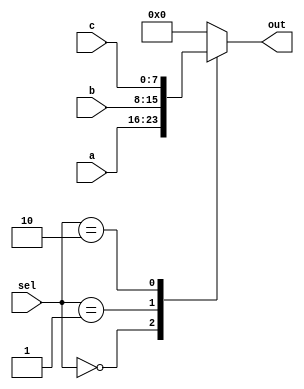
/* 
Parametrized Greatest Common Divisors (GCD)
Author: Mehran Goli
Version: 1.0
Date: 01-10-2020
*/

module  mux3to1  #(parameter width = 8)
				 (input [width-1:0] a,b,c,
				  input [1:0] sel,
				  output reg [width-1:0] out); 									

	always @(a,b,c,sel) begin 
		case (sel)
			0: out = a;
			1: out = b;
			2: out = c;
			default: out = 0;
		endcase			
	end
endmodule